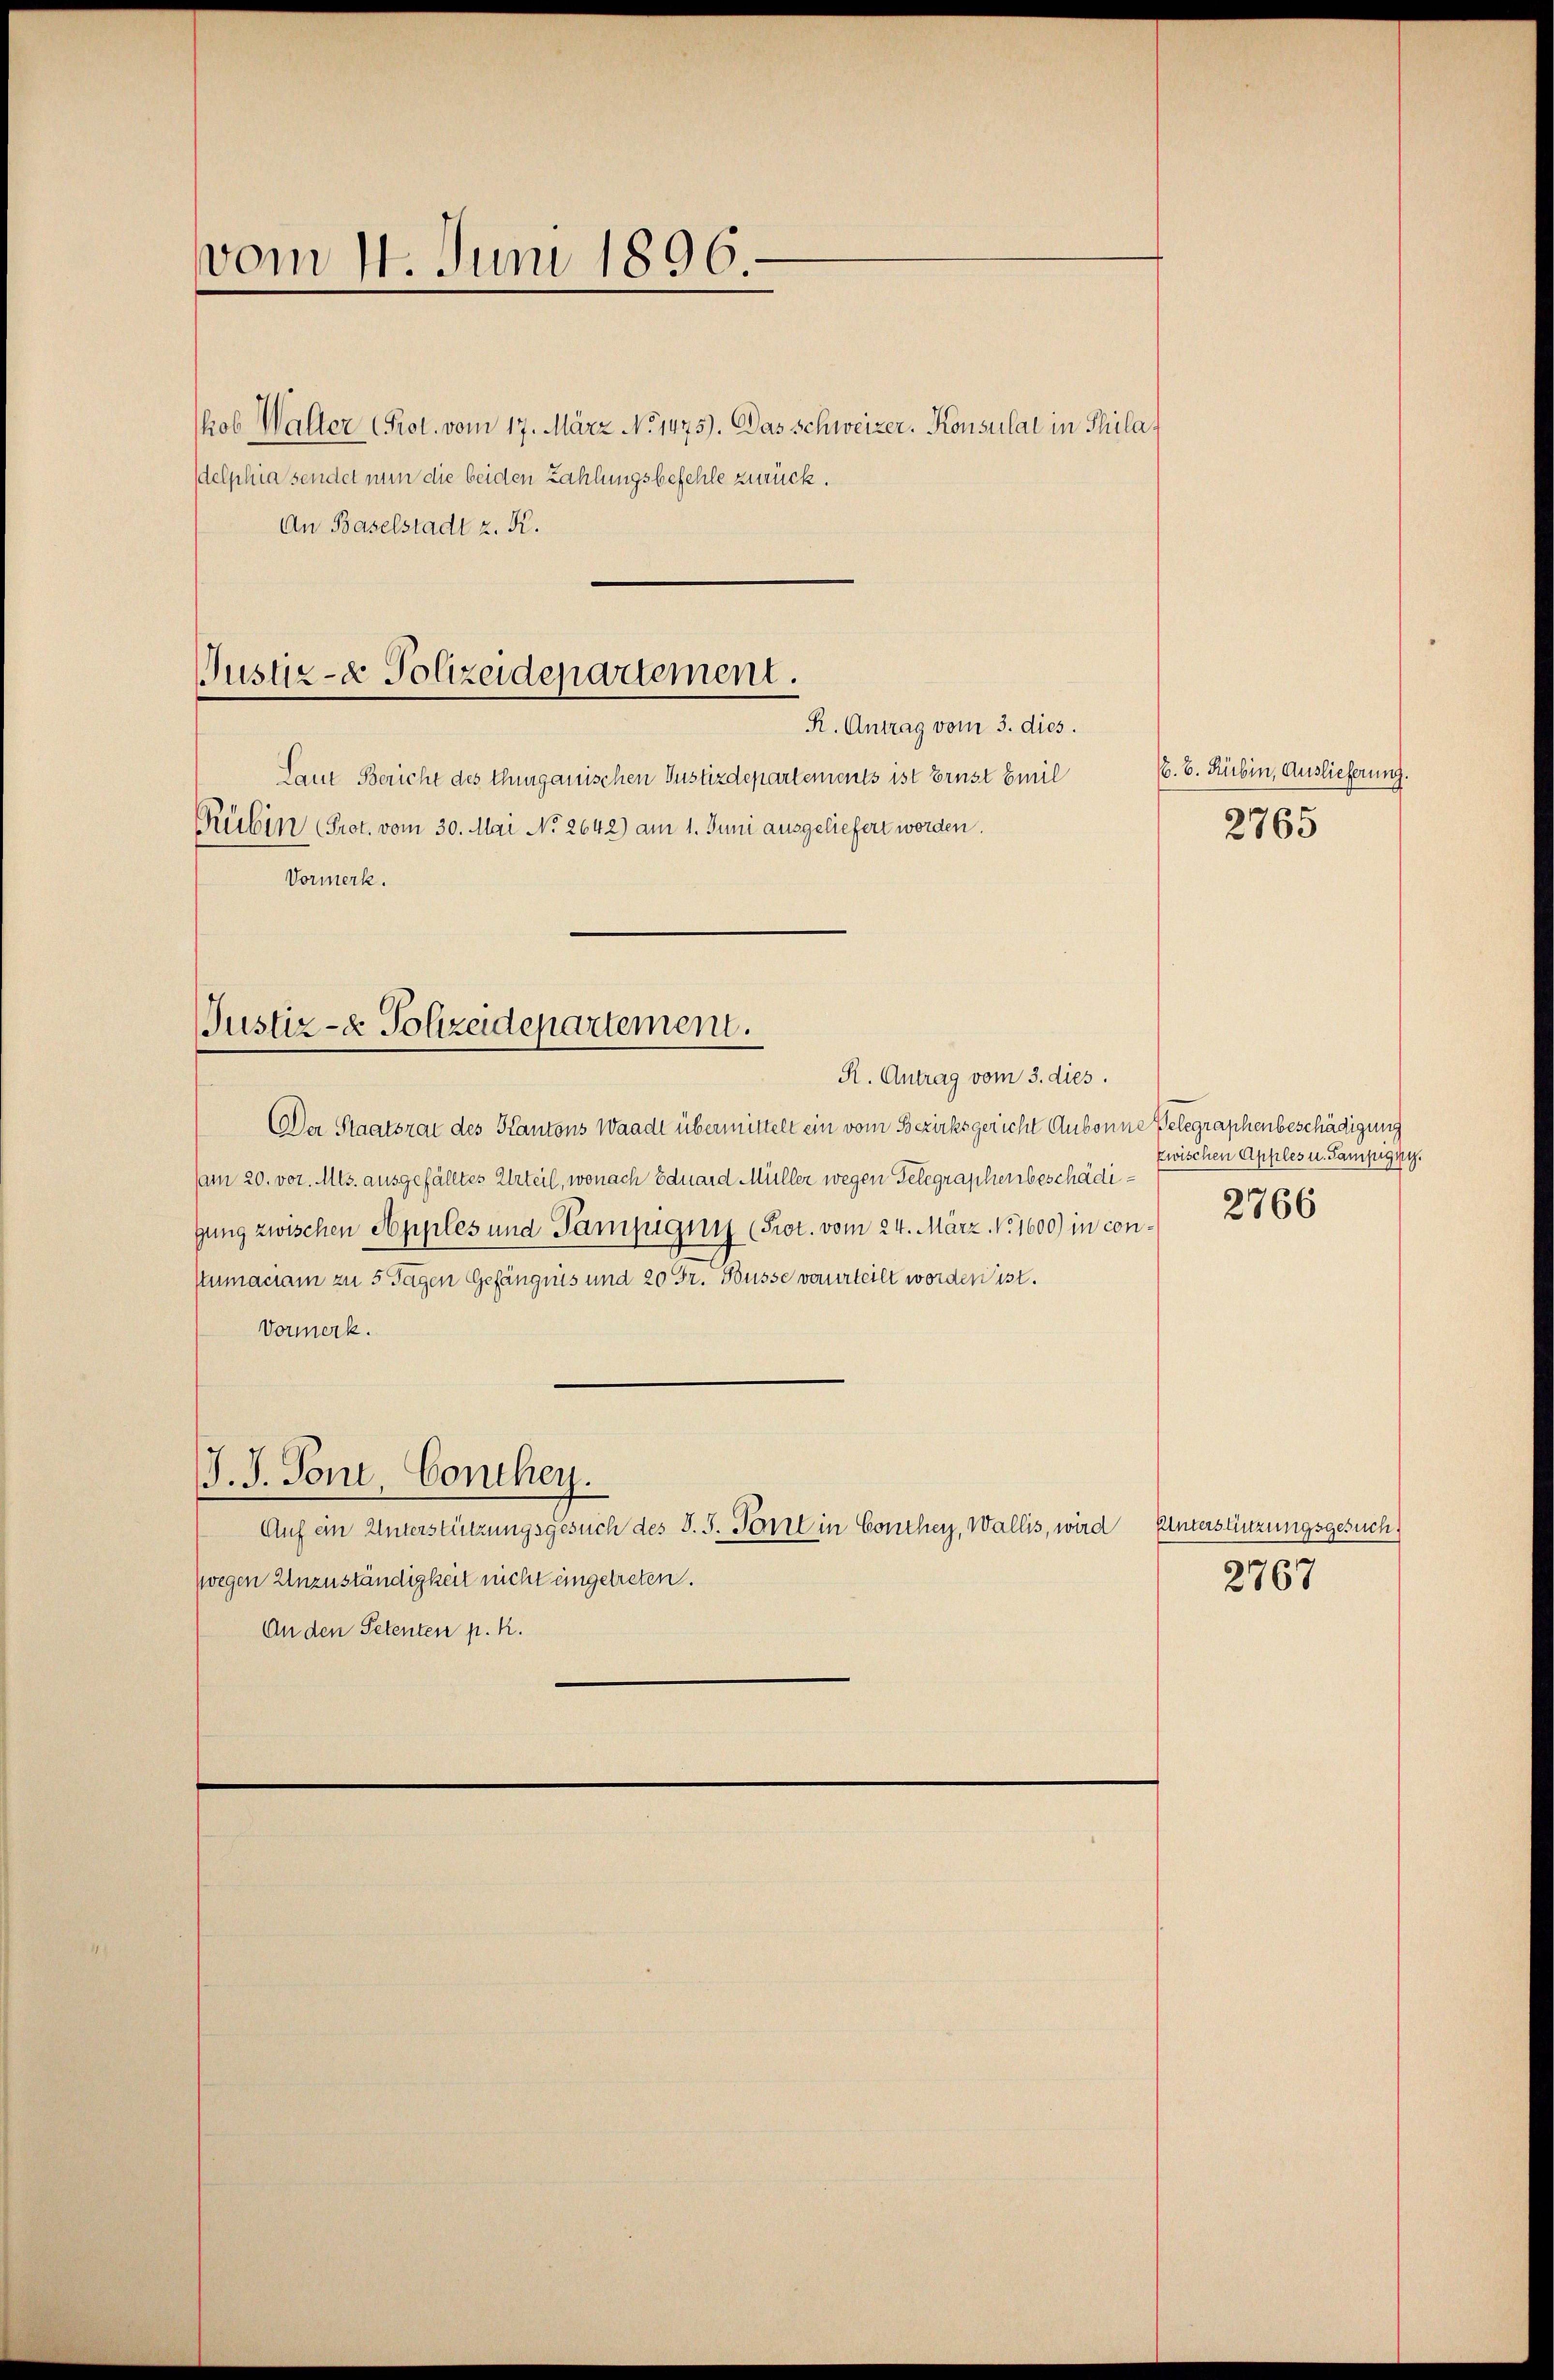
vom 11. Juni 1896.
kob Walter Prot. vom 17. März No 1475). Das Schweizer. Konsulat in Philadelphia sendet nun die beiden Zahlungsbefehle zurück.
An Baselstadt z. R.

Justiz- & Polizeidepartement.
R. Antrag vom 3. dies.

Laut Bericht des Thurgauischen Justizdepartements ist Ernst Emil
Rubin (Prot. vom 30. Mai No 2642) am 1. Juni ausgeliefert worden.
Vormerk.

Justiz- & Polizeidepartement.
R. Antrag vom 3. dies.

Der Staatsrat des Kantons Waadt übermittelt ein vom Bezirksgericht Aubonne Gelegraphenbeschädigung
(am 20. vor. Mts. ausgefälltes Urteil, wonach Eduard Müller wegen Gelegraphenbeschädigung zwischen Apples und Sampigen (Prot. vom 24. März 1600) in conkumaciam zu 5 Tagen Gefängnis und 20 Fr. Busse verurteilt worden ist.
Vormerk.
J. J. Ton, Conthey.
Auf ein Unterstützungsgesuch des S. S. Pont in Conthey, Wallis, wird Unterstüzungsgesuch
zwegen Unzuständigkeit nicht eingetreten.
An den Petenten p. k.

E. E. Rubin, Auslieferung.
2765

zwischen Apples u. Sampigny.
2766

2767